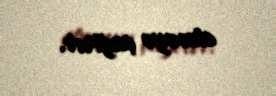
etməyə çağırır.